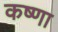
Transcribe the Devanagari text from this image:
कष्णा